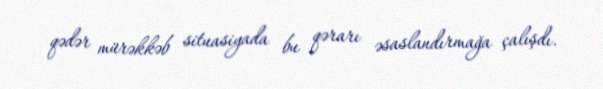
qədər mürəkkəb situasiyada bu qərarı əsaslandırmağa çalışdı.